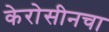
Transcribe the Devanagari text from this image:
केरोसीनचा